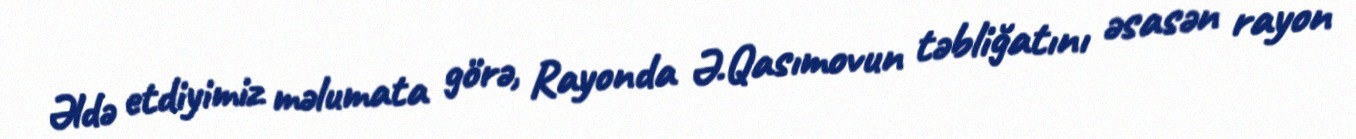
Əldə etdiyimiz məlumata görə, Rayonda Ə.Qasımovun təbliğatını əsasən rayon